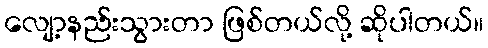
လျော့နည်းသွားတာ ဖြစ်တယ်လို့ ဆိုပါတယ်။